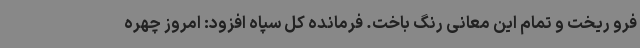
فرو ریخت و تمام این معانی رنگ باخت. فرمانده کل سپاه افزود: امروز چهره